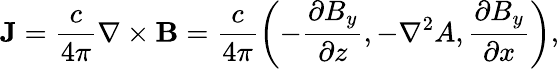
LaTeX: \mathbf{J}=\frac{c}{4\pi}\nabla\times\mathbf{B}=\frac{c}{4\pi}\left(-\frac{\partial B_{y}}{\partial z},-\nabla^{2}A,\frac{\partial B_{y}}{\partial x}\right),